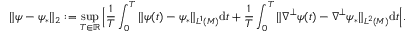
\| \psi - \psi _ { * } \| _ { 2 } : = \operatorname* { s u p } _ { T \in \mathbb { R } } \Big | \frac { 1 } { T } \int _ { 0 } ^ { T } \| \psi ( t ) - \psi _ { * } \| _ { L ^ { 1 } ( M ) } \mathrm { d } t + \frac { 1 } { T } \int _ { 0 } ^ { T } \| \nabla ^ { \perp } \psi ( t ) - \nabla ^ { \perp } \psi _ { * } \| _ { L ^ { 2 } ( M ) } \mathrm { d } t \Big | .